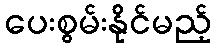
ပေးစွမ်းနိုင်မည့်